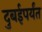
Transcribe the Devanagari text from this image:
दुबईपर्यंत